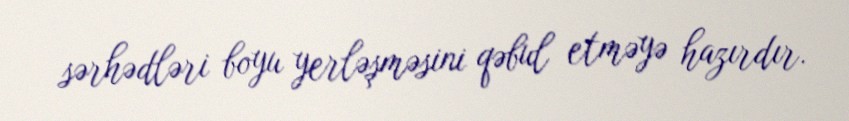
sərhədləri boyu yerləşməsini qəbul etməyə hazırdır.